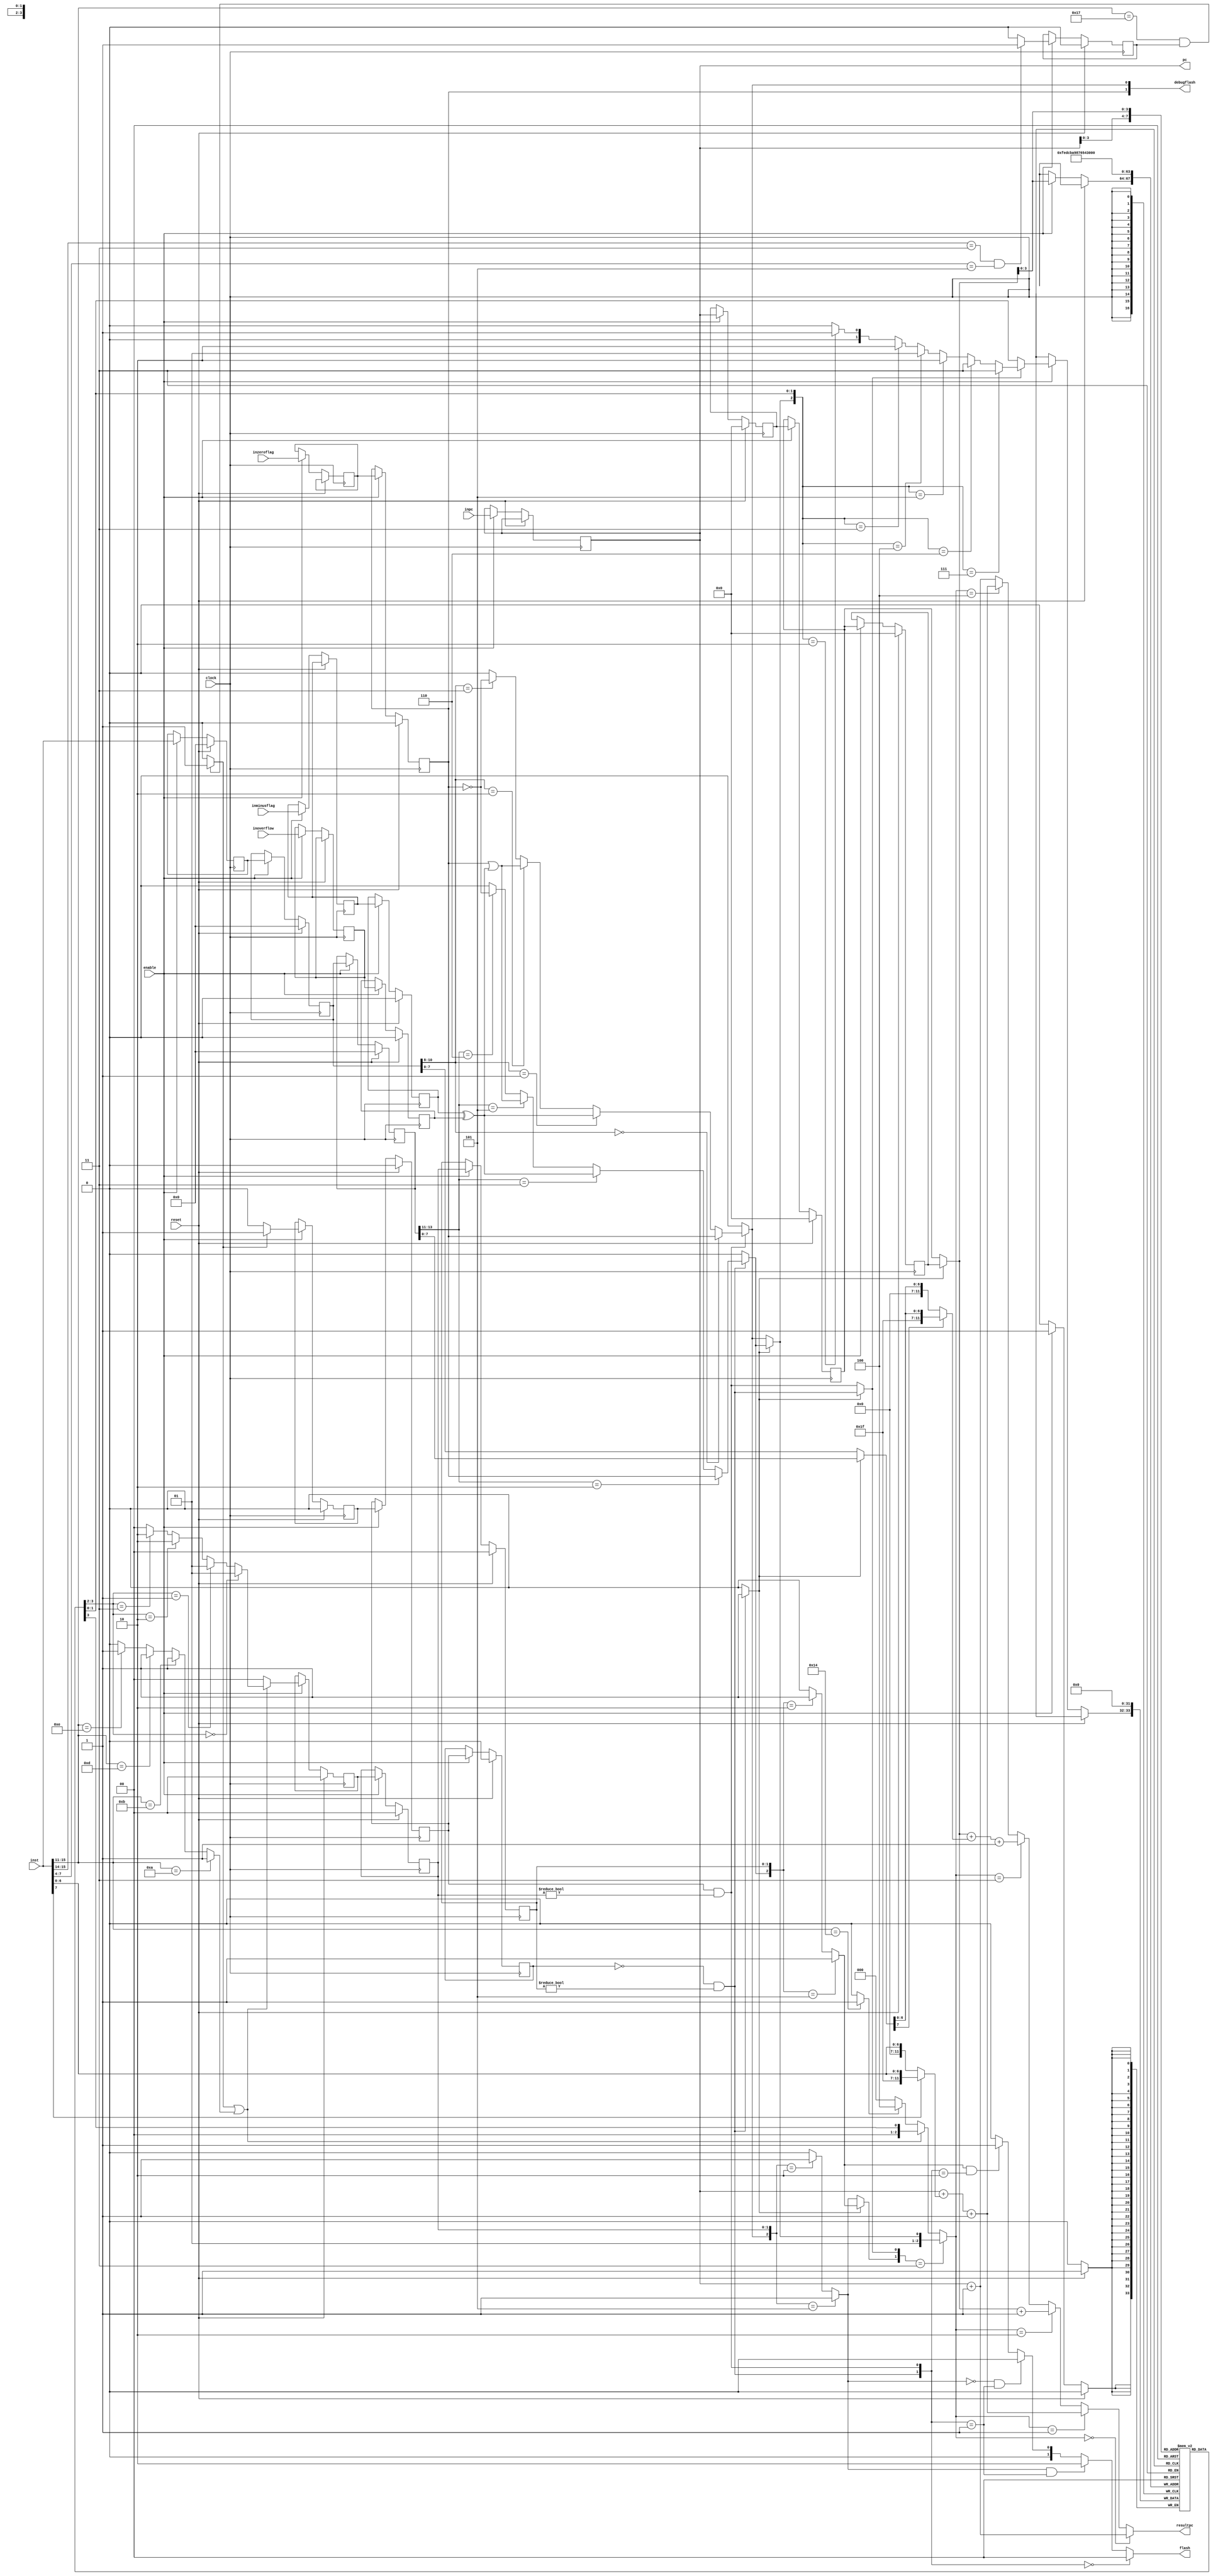
module bunki_v2(clock,reset,enable,inminusflag,inzeroflag,inoverflow,inst,inpc,resultpc,flash,debugflash,pc);
reg [11:0] pcfetch;

input [11:0] inpc;
output [1:0] debugflash;
assign debugflash = {zeroflag,toconsresult2};
input [15:0] inst;
reg [15:0] IFinst =16'b0000000000000000;
reg[15:0] IDinst=16'b0000000000000000;
reg [15:0] IEinst=16'b0000000000000000;
wire [2:0] twocond;
wire [2:0] onecond;
assign twocond = IDinst[10:8];
assign onecond = IEinst[13:11];
input inzeroflag;
input inoverflow;
input inminusflag;
input enable;

reg prezeroflag = 1'b0;
reg preoverflow = 1'b0;
reg preminusflag = 1'b0;
reg zeroflag = 1'b0;
reg overflow = 1'b0;
reg minusflag = 1'b0;

input reset;
wire [4:0] opfive;
assign opfive = inst [15:11];
output [11:0] pc ;
assign pc = pcfetch;
reg [11:0] IFpc =12'b000000000000;
reg[11:0] IDpc  =12'b000000000000;
reg [11:0] IEpc  =12'b000000000000;

wire [11:0] hzpc;
wire [11:0] immd;
assign immd = extended(inst[7:0]);

wire [11:0] hzimmd;
assign hzimmd = extended(hzinst[7:0]);

wire contradict;//結果が予測失敗のとき１
wire conseq;//結果がかえって来るとき１
wire consresult;//結果が分岐しないとき０、するとき１
input clock;

output [11:0]resultpc;
wire [1:0] status;//分岐命令じゃないとき00、分岐すると予測した時１０,分岐しないと予測した時０１
wire oneortwo;//1命令分岐のとき０、２命令分岐の時１



reg [1:0] prefile [15:0];//00,01で分岐しない１０、１１で分岐する
wire istwobranch;//２命令分岐
wire isnocond;//無条件分岐
wire isonebranch;//１命令分岐

wire isbranch;
assign isbranch = istwobranch || isonebranch;

assign istwobranch = (opfive == 5'b10111 && compflag == 1'b1)?1'b1:1'b0;
assign isnocond = (opfive == 5'b10100)?1'b1:1'b0;
assign isonebranch = onebranch(opfive);

assign status = changestatus({isbranch,pc[3:0]});
assign oneortwo = (istwobranch ==1'b1 )?1'b1:1'b0;

wire [1:0] topred;
assign topred = (conseq==1'b1)? changeprefile({consresult,prefile[hzpc[3:0]]}):prefile[hzpc[3:0]];


wire [2:0] changepc;//下位2bitが00のときpcかつpc+1,10のときhzpcかつhzpc+1,１１のときhzかつhz+hzimmd+1、また最上位が１のとき無条件分岐
wire [1:0]wherebranch;//最高位が1のときにぶんき、０のときに分岐しない
assign wherebranch = prefile[pc[3:0]];

assign changepc = tochangepc({isnocond,wherebranch[1],isbranch,contradict,conseq,consresult});

assign resultpc = ispc({changepc,pc,hzpc,immd,hzimmd});


wire iscomp;
reg comp = 1'b0;

wire compflag;

assign iscomp = (inst[15:14] == 2'b11 && inst[7:4] == 4'b0101)?1'b1:1'b0;

assign compflag = comp;

reg [1:0]IFstatus = 2'b00;
reg IFoneortwo = 1'b0;

wire [1:0]toIDstatus;
wire toIDoneortwo;

assign toIDstatus = IFstatus;
assign toIDoneortwo = IFoneortwo;

reg [1:0]IDstatus = 2'b00;
reg IDoneortwo = 1'b0;

reg [1:0] IEstatus = 2'b00;
reg IEoneortwo = 1'b0;



integer i;
always @(posedge clock) begin
   if(reset == 1'b1) begin
	  for (i =0;i<16;i=i+1) begin
	     prefile[i] <= 2'b00;
	  end 
	  
	 zeroflag <= 1'b0;
	 overflow <= 1'b0;
	 minusflag <= 1'b0;
	 comp <= 1'b0;
	 
	 IFstatus <= 2'b00;
	 IFoneortwo <= 1'b0;
	 
	 IDstatus <= 2'b00;
	 IDoneortwo <= 1'b0;
	 
	 IEstatus <= 2'b00;
	 IEoneortwo <= 1'b0;
	 
	 IFinst <= 16'b0000000000000000;
	 IDinst <= 16'b0000000000000000;
	 IEinst <= 16'b0000000000000000;
	 
	 IFpc <= 12'b000000000000;
	 IDpc <= 12'b000000000000;
	 IEpc <= 12'b000000000000;
	 
	 end 
	 else begin
		 if(enable) begin  
		    pcfetch <= inpc;
			 prefile[hzpc[3:0]] <= topred;
			 comp <= iscomp;
			 IFstatus <= status;
			 IFoneortwo <= oneortwo;
			 IDstatus <= toIDstatus;
			 IDoneortwo <=toIDoneortwo;
			 IFinst <= inst;
			 IDinst <= IFinst;
			 IEinst <=IDinst;
			 IFpc <= pc;
			 IDpc <= IFpc;
			 IEpc <=IDpc;
			 prezeroflag <= inzeroflag;
			 preoverflow <= inoverflow;
			 preminusflag <=inminusflag;
			  zeroflag <= prezeroflag;
			 overflow <= preoverflow;
			 minusflag <=preminusflag;
			 
			 IEstatus <= IDstatus;
			 IEoneortwo <= IDoneortwo;
		
		 end 
		 else begin
			//do nothing
		 end
	end
end


function [11:0]extended;
	input [7:0]data;
	begin
	
		if(data[7] == 1'b0) extended = {4'b0000,data};
		else if(data[7] == 1'b1)  extended = {4'b1111,data};
		else  extended = {4'b0000,data};
	end
endfunction

function onebranch;
	input [4:0] five;
	begin
	if(five == 5'b01010) onebranch= 1'b1;
	else if(five == 5'b01011) onebranch= 1'b1;
	else if(five == 5'b01101) onebranch= 1'b1;
	else if(five == 5'b01110) onebranch= 1'b1;
	else onebranch = 1'b0;
	end
endfunction


function [1:0]tochangestatus;//changestatusにつかう
	input [3:0] inst;
	begin
	if(prefile[inst] == 2'b00) tochangestatus = 2'b01;
	else if(prefile[inst] == 2'b01) tochangestatus = 2'b01;
	else if(prefile[inst] == 2'b10) tochangestatus = 2'b10;
	else if(prefile[inst] == 2'b11) tochangestatus = 2'b10;
	else tochangestatus = 2'b00;
	end
	endfunction
	

function [1:0]changestatus;
	input [4:0]isbra_inst;
	begin
	if(isbra_inst[4] == 1'b1) changestatus = tochangestatus(isbra_inst[3:0]);
	else changestatus = 2'b00;
	end
	endfunction
	
function [1:0]changeprefile;
	input [2:0]result_pred;
	begin 
	if(result_pred == 3'b111) changeprefile = 2'b11;
	else if(result_pred == 3'b110) changeprefile = 2'b11; 
	else if(result_pred == 3'b101) changeprefile = 2'b10; 
	else if(result_pred == 3'b100) changeprefile = 2'b01; 
	else if(result_pred == 3'b011) changeprefile = 2'b10; 
	else if(result_pred == 3'b010) changeprefile = 2'b01; 
	else if(result_pred == 3'b001) changeprefile = 2'b00; 
	else  changeprefile = 2'b00; 
	end
endfunction

function [2:0]tochangepc;
	input [5:0]nocon_wh_bra_tra_seq_resu;
	begin
	if(nocon_wh_bra_tra_seq_resu[2:1] == 2'b11) tochangepc = {2'b01,nocon_wh_bra_tra_seq_resu[0]};
	else if(nocon_wh_bra_tra_seq_resu[3] == 1'b1) tochangepc = {2'b00,nocon_wh_bra_tra_seq_resu[4]};
	else if(nocon_wh_bra_tra_seq_resu[5] == 1'b1) tochangepc = 3'b100;
	else tochangepc = 3'b000;
	end
endfunction


function [11:0]ispc;
	input [50:0]ch_pc_hzpc_immd_hzimmd;
	begin
	if(ch_pc_hzpc_immd_hzimmd[50:48] == 3'b000) ispc = ch_pc_hzpc_immd_hzimmd[47:36]+1'b1;
	else if(ch_pc_hzpc_immd_hzimmd[50:48] == 3'b001) ispc = ch_pc_hzpc_immd_hzimmd[47:36] +ch_pc_hzpc_immd_hzimmd[23:12]+1'b1;
	else if(ch_pc_hzpc_immd_hzimmd[50:48] == 3'b010) ispc = ch_pc_hzpc_immd_hzimmd[35:24] +1'b1;
	else if(ch_pc_hzpc_immd_hzimmd[50:48] == 3'b011) ispc = ch_pc_hzpc_immd_hzimmd[35:24]+ch_pc_hzpc_immd_hzimmd[11:0] +1'b1;
	else if(ch_pc_hzpc_immd_hzimmd[50:48] == 3'b100) ispc = ch_pc_hzpc_immd_hzimmd[47:36] +ch_pc_hzpc_immd_hzimmd[23:12]+1'b1;
	else ispc = ch_pc_hzpc_immd_hzimmd[47:36]+1'b1;
	end
endfunction


function check2;
	input [5:0]condzvs;
	begin
	if(condzvs[5:3] == 3'b000) check2 = condzvs[2];
	else if(condzvs[5:3] == 3'b001) check2 = condzvs[0] ^ condzvs[1];
	else if(condzvs[5:3] == 3'b010) check2 =condzvs[2] | (condzvs[0] ^ condzvs[1]);
	else if(condzvs[5:3] == 3'b011) check2 = !(condzvs[2]);
	else check2 = 0;
	end
endfunction
	
function 	tocontra2;
	input [2:0] cons_status;
	begin
	if(cons_status == 3'b101) tocontra2 = 1'b1;
	else if(cons_status == 3'b010) tocontra2 = 1'b1;
	else tocontra2= 1'b0;
	end
endfunction
	

	
	
wire toconseq2;
wire tocontradict2;
wire toconsresult2;
wire flash2;


assign tocontradict2 = tocontra2({toconsresult2,IDstatus});

assign toconseq2 = (IDoneortwo==1'b1 && IDstatus != 2'b00);


assign toconsresult2 = (toconseq2 == 1'b1)? check2({twocond,zeroflag,overflow,minusflag}):1'b0;

assign flash2 = tocontradict2;	

wire toconseq1;
wire tocontradict1;
wire toconsresult1;
wire flash1;

assign tocontradict1 = tocontra1({toconsresult1,IEstatus});

assign toconseq1 = (IEoneortwo==1'b0 && IEstatus != 2'b00);

assign toconsresult1= (toconseq1 == 1'b1)? check1({onecond,zeroflag,overflow,minusflag}):1'b0;

assign flash1 = tocontradict1;

wire isoneortwo;
assign isoneortwo = (toconseq1 == 1'b1)?1'b1:1'b0;//1命令なら１、そうでないなら０

assign contradict = (isoneortwo == 1'b1)?tocontradict1:tocontradict2;
assign conseq = (isoneortwo == 1'b1)?toconseq1:toconseq2;
assign consresult = (isoneortwo == 1'b1)?toconsresult1:toconsresult2;
wire [15:0]hzinst;

assign hzinst = (isoneortwo == 1'b1) ? IEinst:IDinst;
assign hzpc = (isoneortwo == 1'b1) ? IEpc:IDpc;

output [1:0] flash;//00でフラッシュしない、０１で１命令フラッシュ、１０で２命令フラッシュ
assign flash = toflash({flash1,flash2,toconseq1,toconseq2});

function check1;
	input [5:0]condzvs;
	begin
	if(condzvs[5:3] == 3'b010) check1 = condzvs[2];
	else if(condzvs[5:3] == 3'b011) check1 = condzvs[0] ^ condzvs[1];
	else if(condzvs[5:3] == 3'b101) check1 =condzvs[2] | (condzvs[0] ^ condzvs[1]);
	else if(condzvs[5:3] == 3'b110) check1= !(condzvs[2]);
	else check1 = 0;
	end
endfunction
	
function tocontra1;
	input [2:0] cons_status;
	begin
	if(cons_status == 3'b101) tocontra1 = 1'b1;
	else if(cons_status == 3'b010) tocontra1 = 1'b1;
	else tocontra1 = 1'b0;
	end
endfunction
	

	 
function [1:0] toflash;
 input [3:0]one_two_one_two;
	begin
	if(one_two_one_two[1:0] == 2'b00) toflash = 2'b00;
	else if(one_two_one_two[2] == 1'b1 && one_two_one_two[1:0] == 2'b01) toflash = 2'b10;
	else if(one_two_one_two[2] == 1'b0 && one_two_one_two[1:0] == 2'b01) toflash = 2'b00;
	else if(one_two_one_two[3] == 1'b1 && one_two_one_two[1:0] == 2'b10) toflash = 2'b01;
	else if(one_two_one_two[3] == 1'b0 && one_two_one_two[1:0] == 2'b10) toflash = 2'b00;
	else toflash = 2'b00;
	end
endfunction	
	
endmodule